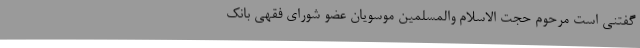
گفتنی است مرحوم حجت الاسلام والمسلمین موسویان عضو شورای فقهی بانک